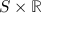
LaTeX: S \times \mathbb { R }